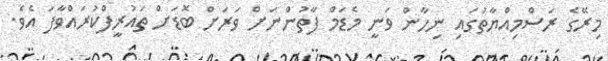
މިރޭގެ ރަސްމިއްޔާތުގައި ނިހާން ވަނީ މެޑަމް ފާތުންނަށް ވަރަށް ބޮޑަށް ތައުރީފްކުރައްވާފަ އެވެ.